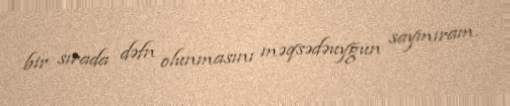
bir sırada dəfn olunmasını məqsədəuyğun saymıram.